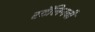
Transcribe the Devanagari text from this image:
स्टॅलिनची